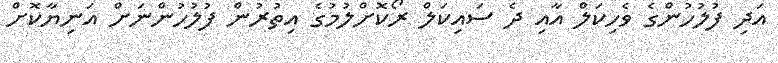
އަދި ފުލުހުންގެ ވެހިކަލް އާއި ދެ ސައިކަލް ރޯކޮށްލުމުގެ އިތުރުން ފުލުހުންނަށް އަނިޔާކޮށް